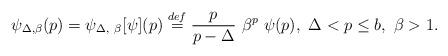
LaTeX: \begin{align*} \psi_{\Delta, \beta}(p) = \psi_{\Delta, \ \beta}[\psi](p) \stackrel{def}{=} \frac{p}{p - \Delta} \ \beta^p \ \psi(p), \ \Delta < p \le b, \ \beta > 1.\end{align*}